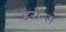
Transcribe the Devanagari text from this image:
हेरोन्स